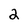
Character: 2